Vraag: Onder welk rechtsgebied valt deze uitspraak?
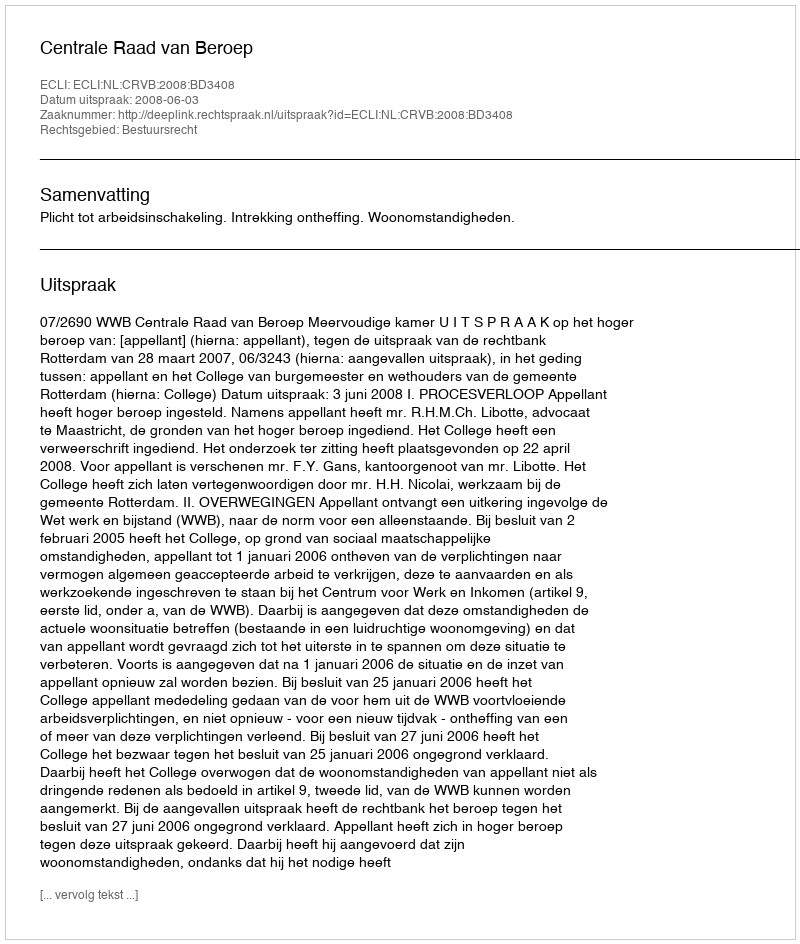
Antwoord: Bestuursrecht